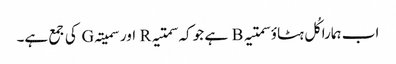
اب ہمارا کُل ہٹاؤ سمتیہ B ہے جو کہ سمتیہ R اور سمیتہ G کی جمع ہے۔